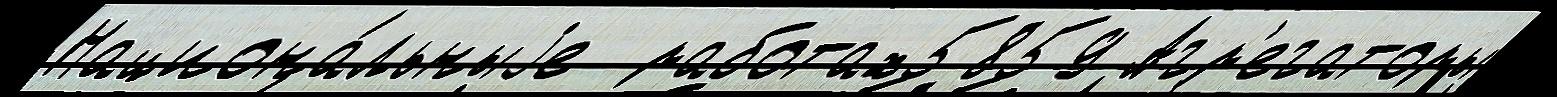
Национа́льныjе  работах5859 Агр'егаторы